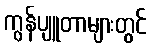
ကွန်ပျူတာများတွင်